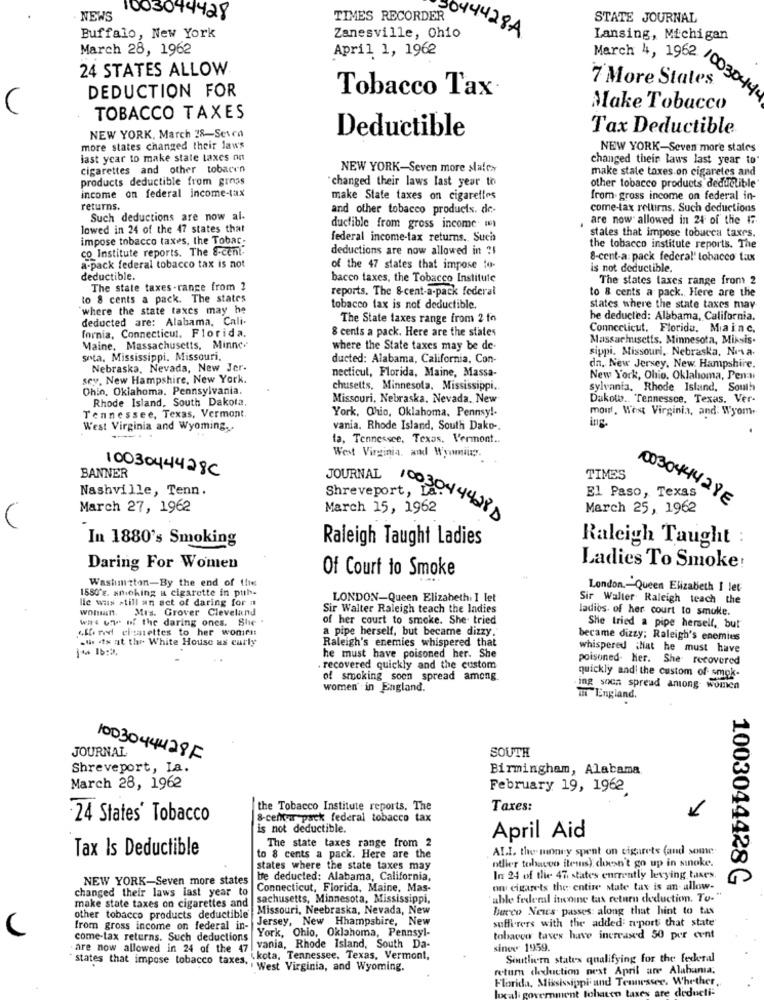
NEWS
1003044428
TIMES RECORDER
STATE JOURNAL
044428A
Buffalo, New York
Zanesville, Ohio
Lansing, Michigan
March 28, 1962
April 1, 1962
24 STATES ALLOW
7 More States
March 4, 1962 /00304
DEDUCTION FOR
44
Tobacco Tax·
Make Tobacco
TOBACCO TAXES
NEW YORK, March 28-Seven
Tax Deductible
Deductible
more states changed their law's
NEW YORK-Seven more states
last year to make state taxes on
changed their laws last year to
cigarettes and other tobacen
NEW YORK-Seven more slales
make state taxes on cigaretes and
products deductible from gross
"changed their laws last year to
income on federal income-tax
other tobacco products deductible
make State taxes on cigarettes
from. gross income on federal in-
returns.
and other tobacco products. de-
come-tax reltirs. Such deductions
Such deductions are now al.
are now allowed in 24 of the #7
lowed in 24 of the 47 states that
ductible from gross income ()
states that impose tobucca taxes.
impose tobacco taxes, the Tobac
federal income-tax returns. Such
co Institute reports. The S-cent.
deductions are now allowed in ?!
the tobacco institute reports. The
8-cent-a: pack federal' tobacco tax
a-pack federal tobacco tax is not
of the 47 states that impose to
is not deductible.
deductible.
bacco taxes, the Tobacco Institute
The states taxes range from 2
The state taxes -range from ?
reports. The &cent-a-pack federal
to 8 cents a pack. The states
to 8 cents a pack. Here are the
`where the state taxes may he
tobacco fax is not deductible.
states where the state taxes may
deducted are: Alabama, Cali.
The State taxes range from 2 to
he deducted: Alabama, California.
fornia, Connecticut, Florida.
8 cents a pack. Here are the states
Connecticut, Florida. Mia in c.
Massachusetts. Minnesota, Miksis.
Maine, Massachusetts, Minne
where the State taxes may be de-
sippi. Missouri, Nebraska, Niva.
sota. Mississippi. Missouri,
ducted: Alabama, California, Con-
Nebraska, Nevada, New Jer.
necticul, Florida, Maine, Massa-
da, New Jersey, New Hampshire.
sey, New Hampshire, New York.
New York, Ohio, Oklahoma, Pen:w
Ohin, Oklahoma, Pennsylvania.
chusetts, Minnesota, Mississippi.
sylvania. Rhode Island, South
Rhode Island. South Dakota,
Missouri, Nebraska, Nevada. New
Dukowo .. Tennessee. Texas. Ver-
Tennessee, Texas, Vermont
York, Ohio, Oklahoma. Pennsy !-
mout, West Virginia, and: Wyom.
ing
West Virginia and Wyoming.
vania. Rhode Island, South Dako -.
la, Tennessee, Texas, Vermont.
West Virginia, and Wyomingy.
1003044428C
BANNER
JOURNAL
TIMES
Nashville, Tenn.
Shreveport,
El Paso, Texas
1003044428E
March 27, 1962
March 15, 1962
1003044428
March 25, 1962
In 1880's Smoking
Raleigh Taught Ladies
Raleigh Taught :
Daring For Women
Of Court to Smoke
Ladies To Smoke!
Washington-By the end of time
1580's. anioking a cigarette in puth.
London .- Queen Elizabeth I let
lle was still an act of daring for a
LONDON-Queen Elizabeth: I let
Sir Walter Raleigh teach the
Mrs. Grover Cleveland
Sir Walter Raleigh teach the ladies
ladios. of her court to smoke.
WHY UT Of the daring ones. She .
of her court to smoke. She tried
cfane cismiettes to her women
a pipe herself, but became dizzy.
She tried a pipe herself, but
.the dx at the White House us carly
Raleigh's enemies whispered that
became dizzy; Raleigh's enemies
whispered that he must have
he must have poisoned her. She
poisoned. Her. She recovered
recovered quickly and the custom
of smoking soon spread among.
quickly and! the custom of smok-
women in England.
ing soca spread among women
TET England.
SOUTH
JOURNAL
1003044428F
Shreveport, La.
Birmingham, Alabama
March 28, 1962
February 19, 1962
the Tobacco Institute reports. The
Taxes:
24 States' Tobacco
&-centur pack federal tobacco tax
is not deductible.
April Aid
Tax Is Deductible
The state taxes range from 2
ALI. the money spent on cigarets (and some
to 8 cents a pack. Here are the
other tobacco items) doesn't go up in sinoke.
states where the state taxes may
NEW YORK-Seven more states
be deducted: Alabama, California,
In 24 of the 47, states enmently levying taxes.
1003044428 G
changed their laws last year to
Connecticut, Florida, Maine, Mas-
on cigarets the entire state tax is an allow-
sachusetts, Minnesota, Mississippi,
'able federal income tax return deduction. Tu."
make state taxes on cigarettes and
Missouri, Neebraska, Nevada, New
barco News passes: along that hint to tas
other tobacco products deductible
Jersey, New Hampshire, New
sufferers with the added: aport that state
from gross income on federal in-
York, Ohio, Oklahoma, Pennsyl-
come-tax returns. Such deductions
tobacco taves have increased 50 per cent
are now allowed in 24 of the 47
vania, Rhode Island, South Da-
since 1959.
states that impose tobacco taxes,
. kota, Tennessee, Texas, Vermont,
Southern states qualifying for the federal
West Virginia, and Wyoming.
return deduction nest April are Alabama.
Florida, Mississippi und Tennessee. Whether,
tohacen taxes are deducti: